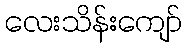
လေးသိန်းကျော်